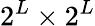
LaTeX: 2^{L}\times 2^{L}